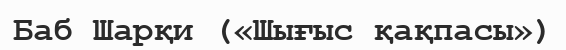
Баб Шарқи («Шығыс қақпасы»)